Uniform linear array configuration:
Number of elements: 64
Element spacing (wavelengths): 1
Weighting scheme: hann
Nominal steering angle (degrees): -45
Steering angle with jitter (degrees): -46.494
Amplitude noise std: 0.05
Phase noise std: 0.05

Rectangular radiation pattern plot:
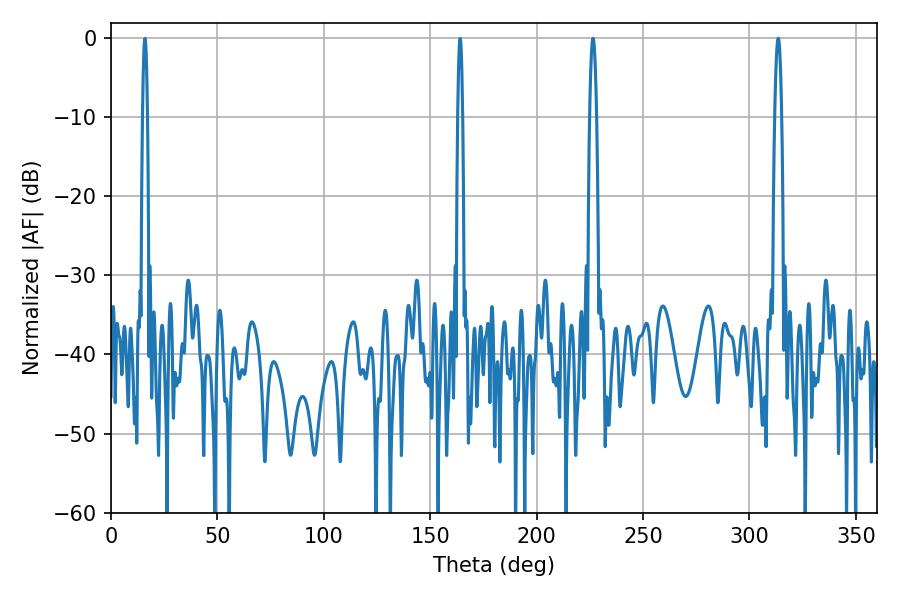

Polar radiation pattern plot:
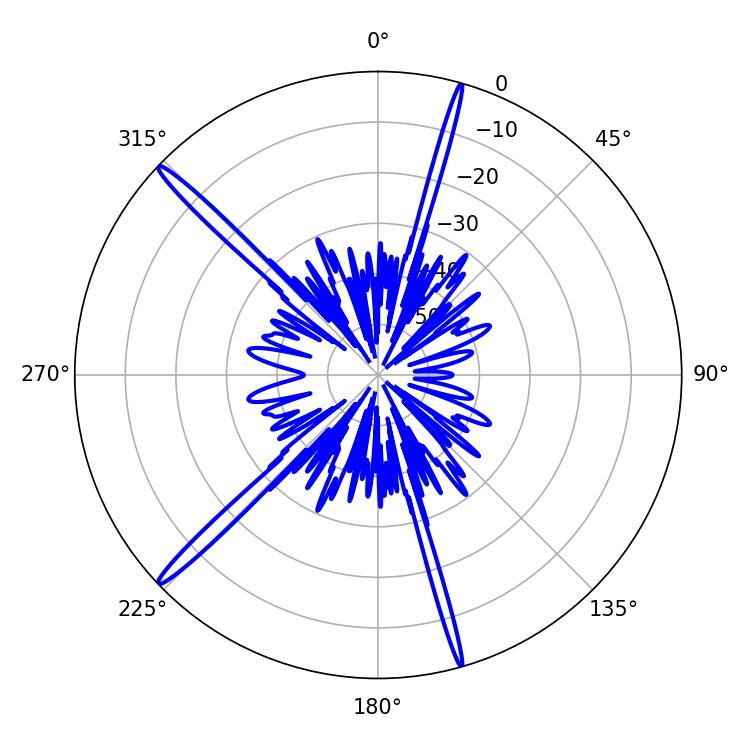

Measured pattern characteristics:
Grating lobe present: TRUE
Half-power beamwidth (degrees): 1.62
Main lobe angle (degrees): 226.44